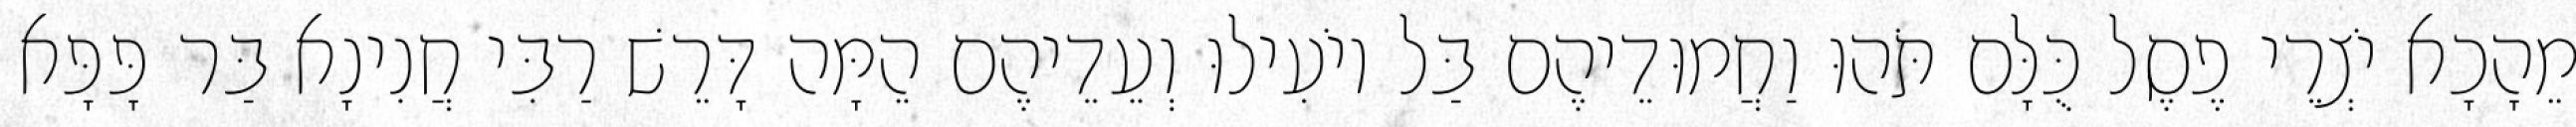
מֵהָכָא יֹצְרֵי פֶסֶל כֻּלָּם תֹּהוּ וַחֲמוּדֵיהֶם בַּל יוֹעִילוּ וְעֵדֵיהֶם הֵמָּה דָּרֵשׁ רַבִּי חֲנִינָא בַּר פָּפָּא